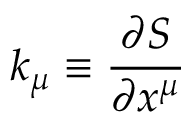
k _ { \mu } { } \equiv { } \displaystyle \frac { \partial { \cal S } } { \partial x ^ { \mu } }